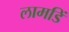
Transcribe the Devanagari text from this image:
लामडिं